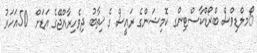
ޯމލްޑިވްސް ބްރޯޑްކާސްޓިންގ ކޮމިޝަންގެ ރައީސް ގެ ޚިތާބު ދިވެހިރާއްޖޭގެ އަޑަށް  50އަހަރު